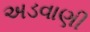
અડવાણી